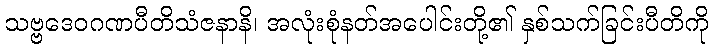
သဗ္ဗဒေဝဂဏပီတိသံဇနာနိ၊ အလုံးစုံနတ်အပေါင်းတို့၏ နှစ်သက်ခြင်းပီတိကို